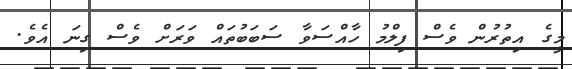
މީގެ އިތުރުން ވެސް ފިލްމު ހާއްސަވާ ސަބަބުތައް ވަރަށް ވެސް ގިނަ އެވެ.